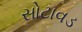
સોટાવડ